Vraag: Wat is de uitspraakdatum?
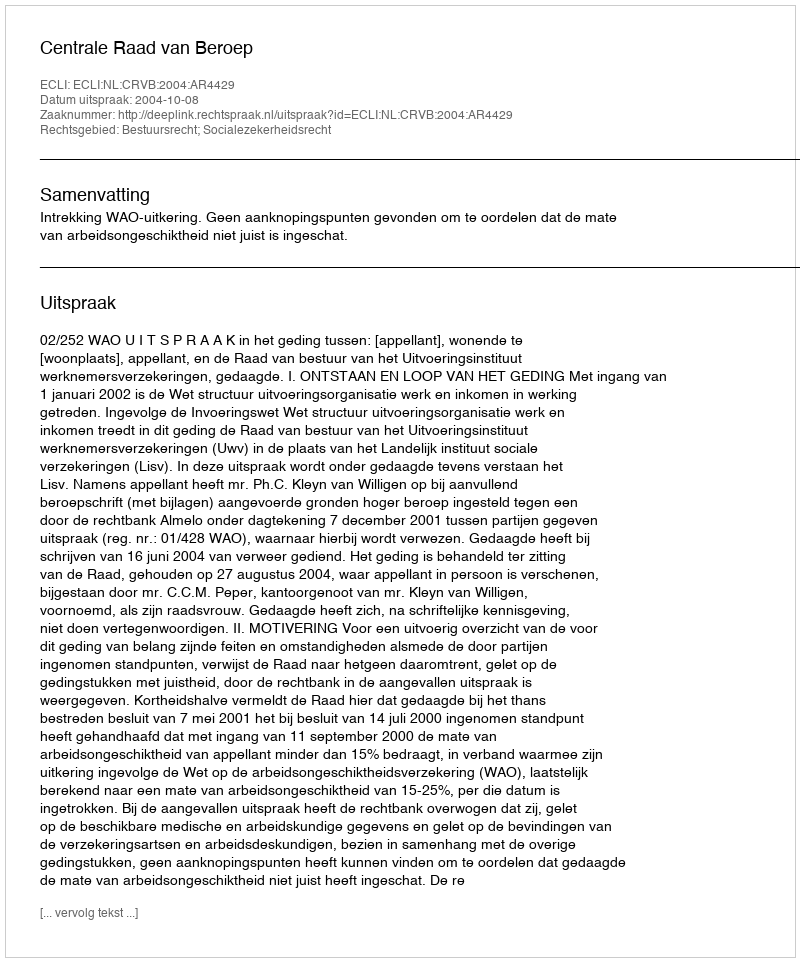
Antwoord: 2004-10-08